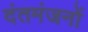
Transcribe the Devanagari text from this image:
दंतमंजनों